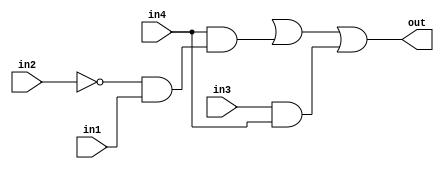
module Lab2Part1B(in1, in2, in3, in4, out);

	input in1, in2, in3, in4;
	output out;
	
	wire in1, in2, in3, in4, out;
	wire not1out, orout, and1out, and2out, and3out;
	
	and and1(and1out, not1out, in1);
	and and2(and2out, in4, and1out);
	and and3(and3out, in3, in4);
	
	not not1(not1out, in2);
	
	or or1(out, orout, and2out, and3out);
	
	
endmodule